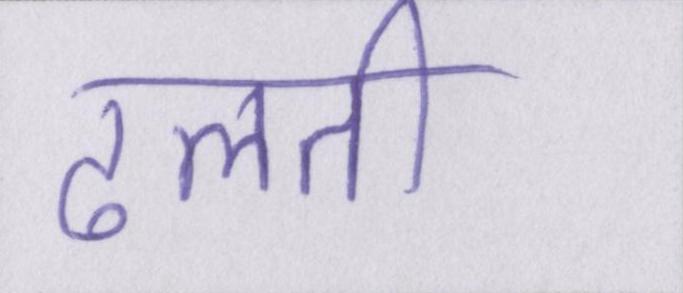
ढलती